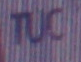
TUC